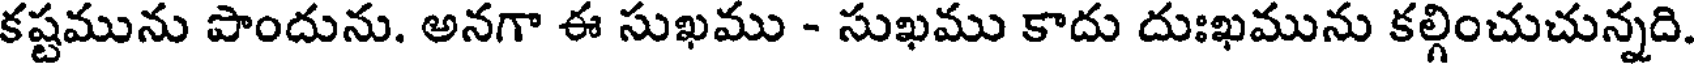
కష్టమును పొందును. అనగా ఈ సుఖము - సుఖము కాదు దుఃఖమును కల్గించుచున్నది.